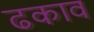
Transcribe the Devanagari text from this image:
ढकाव